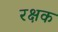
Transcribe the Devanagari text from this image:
रक्षक